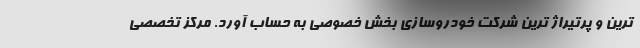
ترین و پرتیراژ ترین شرکت خودروسازی بخش خصوصی به حساب آورد. مرکز تخصصی